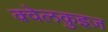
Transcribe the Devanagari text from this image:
क़्वेलक़ुइज़